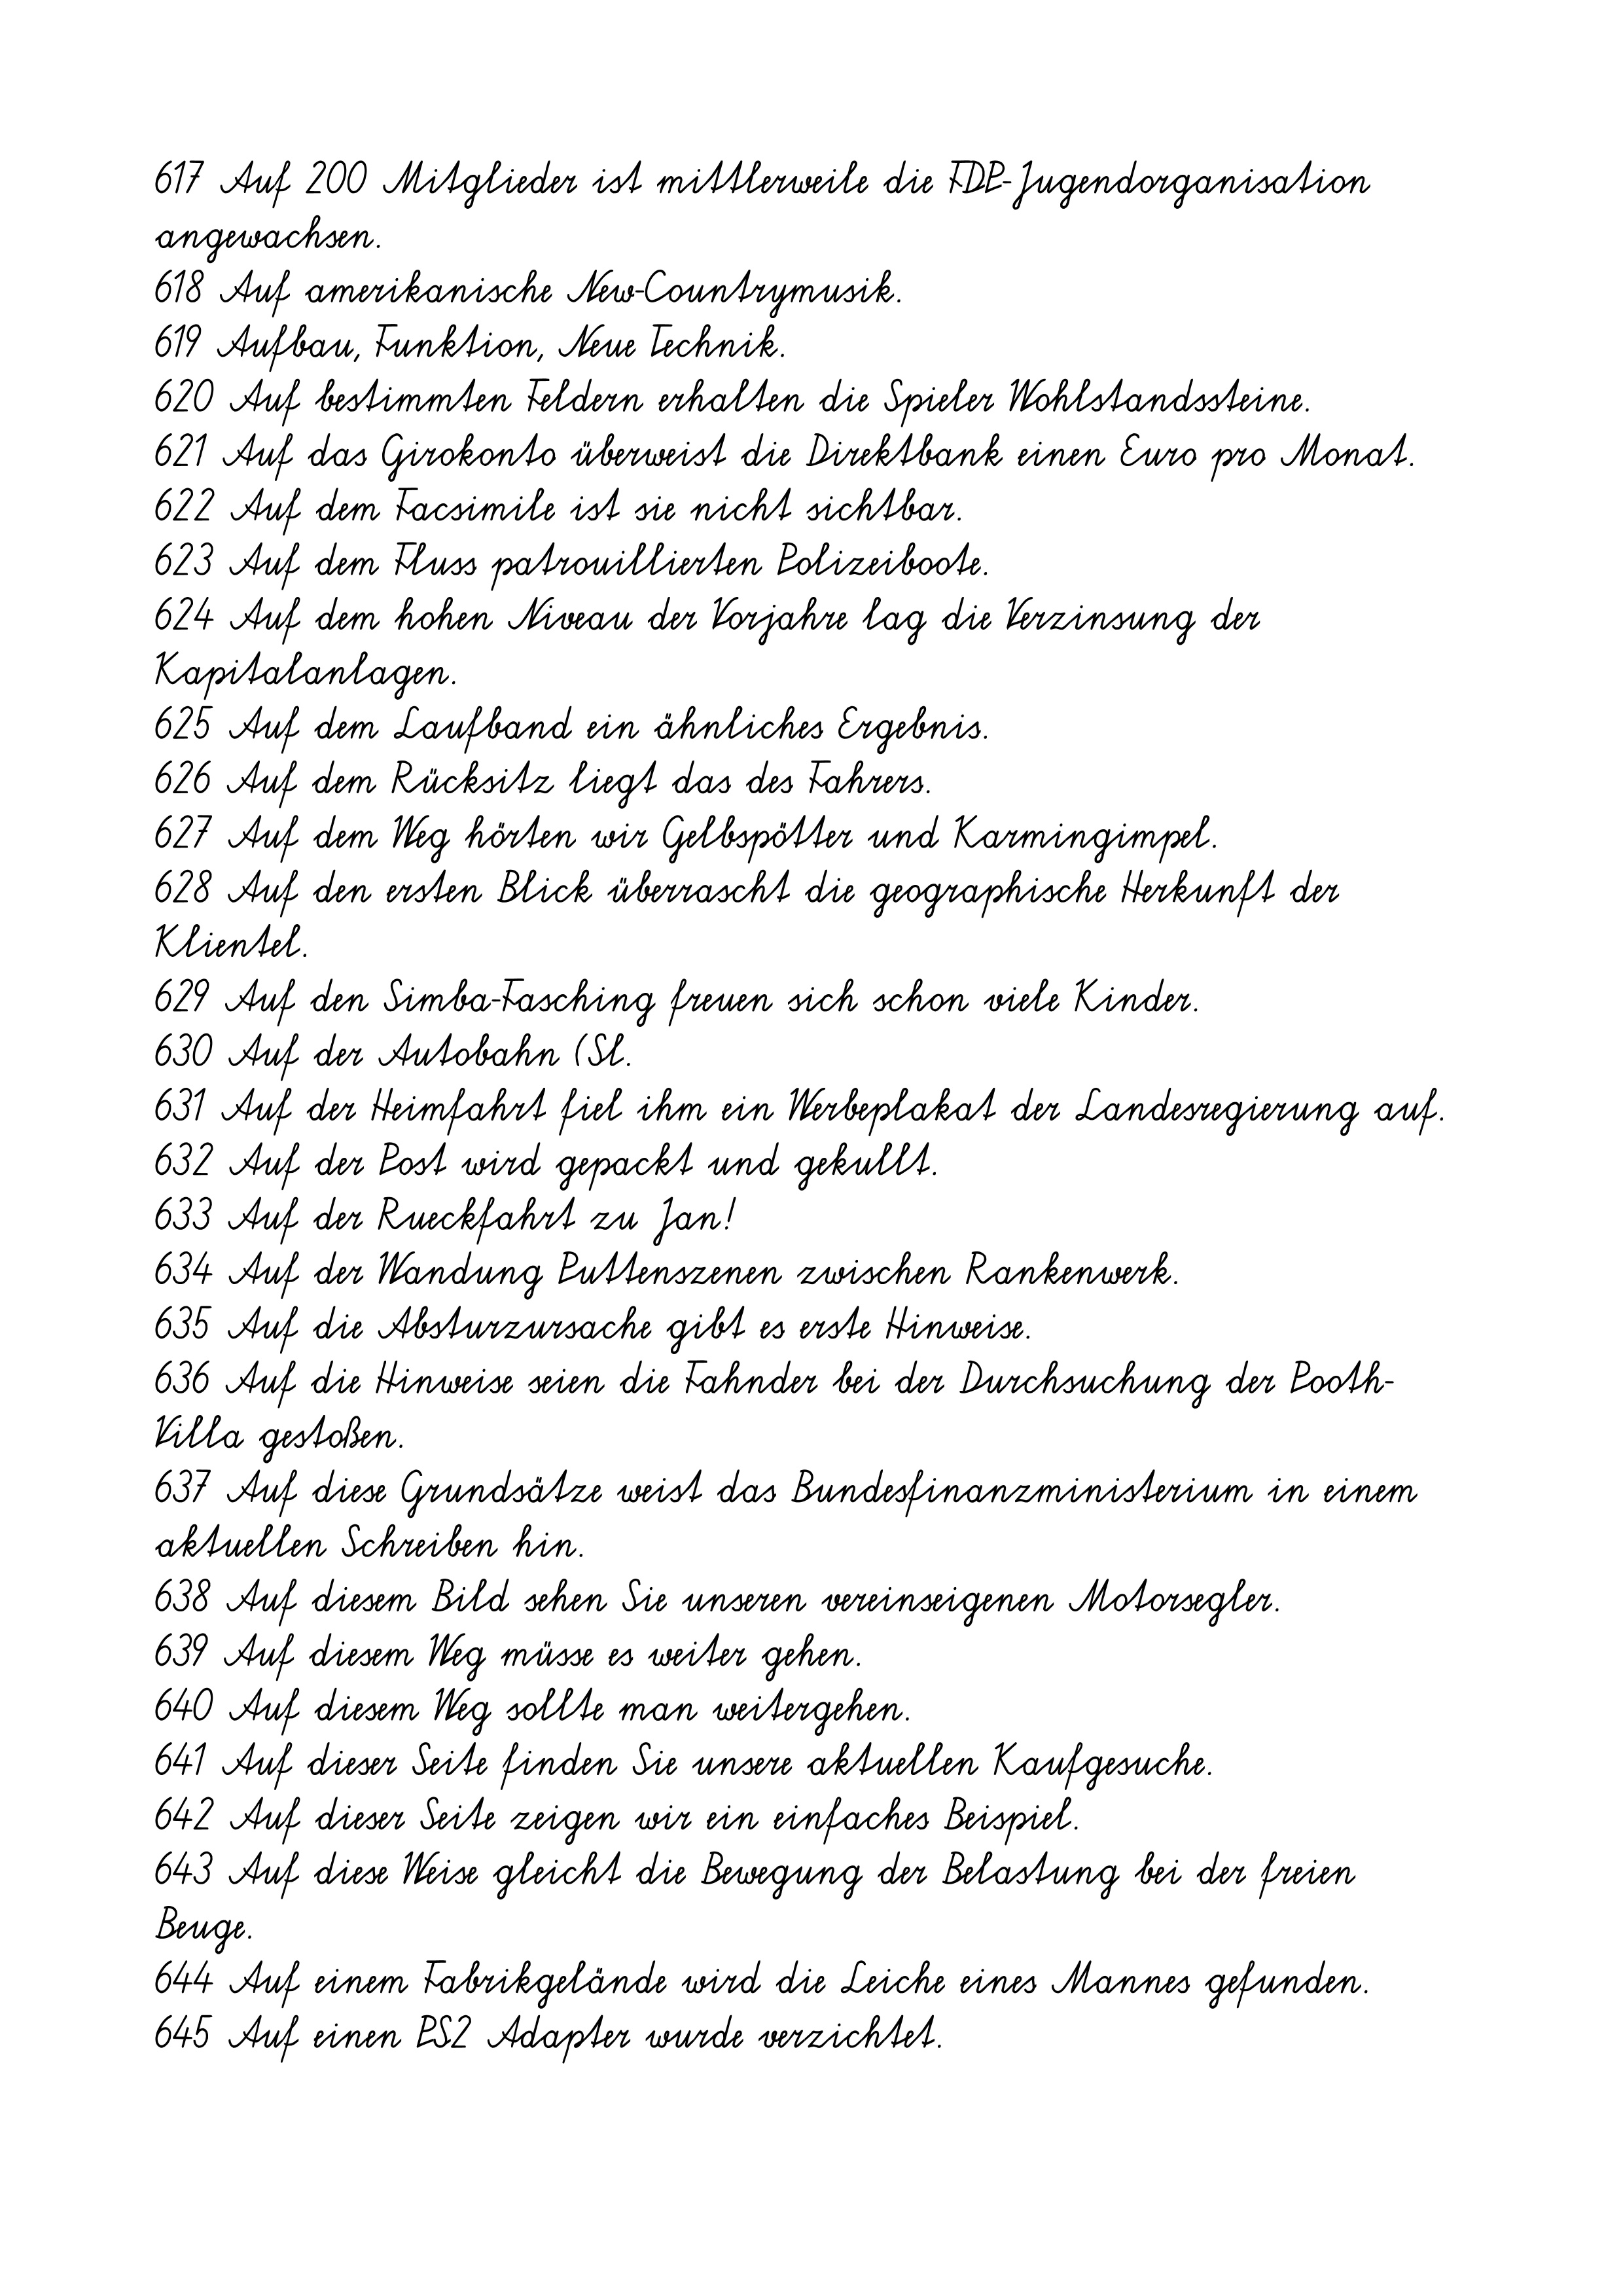
617 Auf 200 Mitglieder ist mittlerweile die FDP-Jugendorganisation
angewachsen.
618 Auf amerikanische New-Countrymusik.
619 Aufbau, Funktion, Neue Technik.
620 Auf bestimmten Feldern erhalten die Spieler Wohlstandssteine.
621 Auf das Girokonto überweist die Direktbank einen Euro pro Monat.
622 Auf dem Facsimile ist sie nicht sichtbar.
623 Auf dem Fluss patrouillierten Polizeiboote.
624 Auf dem hohen Niveau der Vorjahre lag die Verzinsung der
Kapitalanlagen.
625 Auf dem Laufband ein ähnliches Ergebnis.
626 Auf dem Rücksitz liegt das des Fahrers.
627 Auf dem Weg hörten wir Gelbspötter und Karmingimpel.
628 Auf den ersten Blick überrascht die geographische Herkunft der
Klientel.
629 Auf den Simba-Fasching freuen sich schon viele Kinder.
630 Auf der Autobahn (Sl.
631 Auf der Heimfahrt fiel ihm ein Werbeplakat der Landesregierung auf.
632 Auf der Post wird gepackt und gekullt.
633 Auf der Rueckfahrt zu Jan!
634 Auf der Wandung Puttenszenen zwischen Rankenwerk.
635 Auf die Absturzursache gibt es erste Hinweise.
636 Auf die Hinweise seien die Fahnder bei der Durchsuchung der Pooth-
Villa gestoßen.
637 Auf diese Grundsätze weist das Bundesfinanzministerium in einem
aktuellen Schreiben hin.
638 Auf diesem Bild sehen Sie unseren vereinseigenen Motorsegler.
639 Auf diesem Weg müsse es weiter gehen.
640 Auf diesem Weg sollte man weitergehen.
641 Auf dieser Seite finden Sie unsere aktuellen Kaufgesuche.
642 Auf dieser Seite zeigen wir ein einfaches Beispiel.
643 Auf diese Weise gleicht die Bewegung der Belastung bei der freien
Beuge.
644 Auf einem Fabrikgelände wird die Leiche eines Mannes gefunden.
645 Auf einen PS2 Adapter wurde verzichtet.